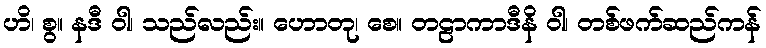
ဟိ၊ စွ။ နဒီ ဝါ၊ သည်လည်း။ ဟောတု၊ စေ။ တဠာကာဒီနိ ဝါ၊ တစ်ဖက်ဆည်ကန်